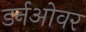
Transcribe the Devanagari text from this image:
डर्नओवर